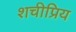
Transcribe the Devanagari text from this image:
शचीप्रिय